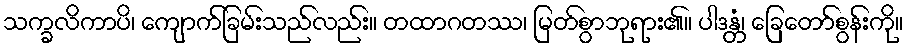
သက္ခလိကာပိ၊ ကျောက်ခြမ်းသည်လည်း။ တထာဂတဿ၊ မြတ်စွာဘုရား၏။ ပါဒန္တံ၊ ခြေတော်စွန်းကို။